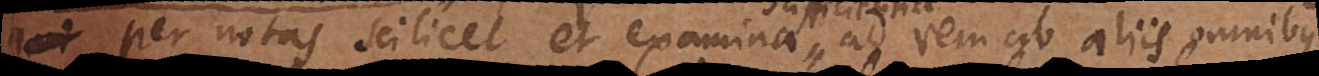
per notas scilicet et examina ad rem ab aliis omnibus